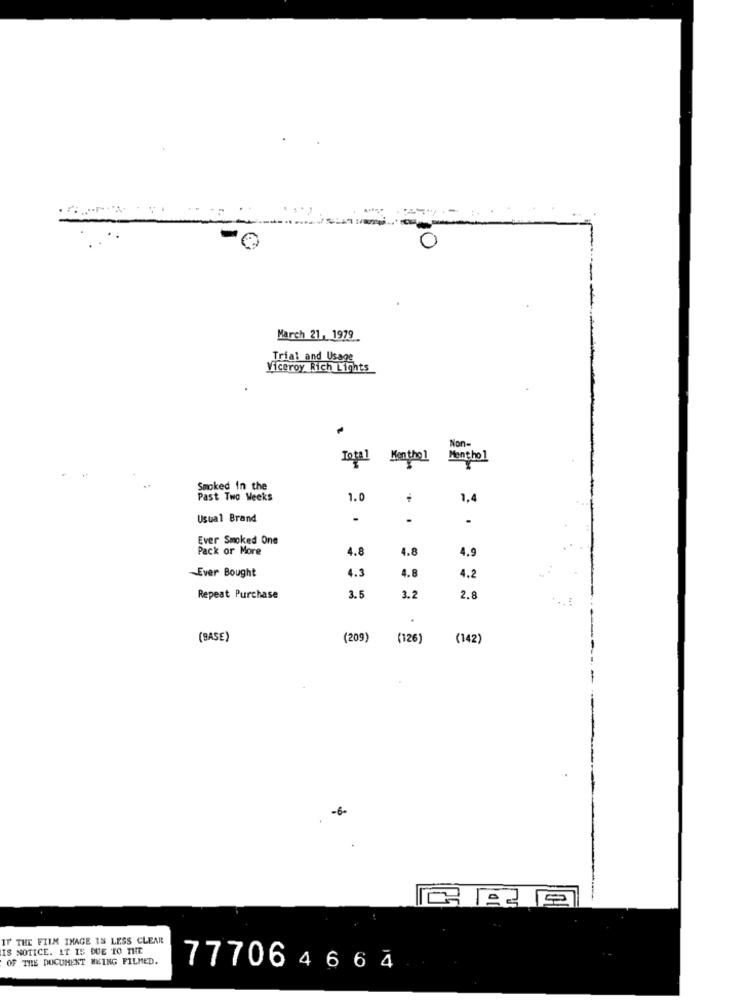
March 21, 1979
Trial and Usage
Viceroy Rich Lights
Non-
Total Menthol
Menthol
Smoked in the
Past Two Weeks
1.0
1,4
Usual Brand
.
Ever Smoked One
Pack or More
4.8
4.8
4.9
4.3
4.8
-Ever Bought
4.2
Repeat Purchase
3.5
3.2
2.8
(BASE)
(209)
(126)
(142)
-6-
IF THE FILM IMAGE IS LESS CLEAR
IS NOTICE. IT IS DUE TO THE
OF THE DOCUMENT HEING FILMED.
77706 4664